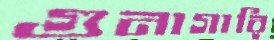
গুনাগারি